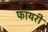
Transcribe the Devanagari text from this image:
फायरी